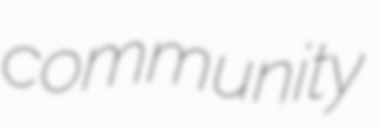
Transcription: community